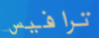
ترافيس